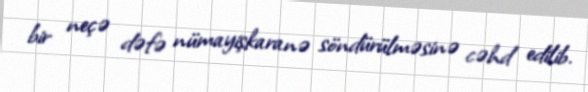
bir neçə dəfə nümayişkaranə söndürülməsinə cəhd edilib.